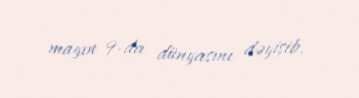
mayın 9-da dünyasını dəyişib.